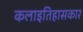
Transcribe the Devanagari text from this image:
कलाइतिहासकार